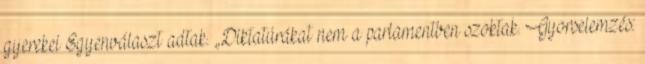
gyerekei Egyenválaszt adtak. „Diktatúrákat nem a parlamentben szoktak. Gyorselemzés: